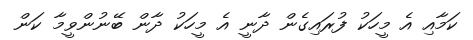
ކަމާއި އެ މީހަކު ފުރައިގެން ދާނީ އެ މީހަކު ދާން ބޭނުންވީމާ ކަން